Insane asylums in Bengal annual reports 1867-1875 - 1867-1875
Year: 1867
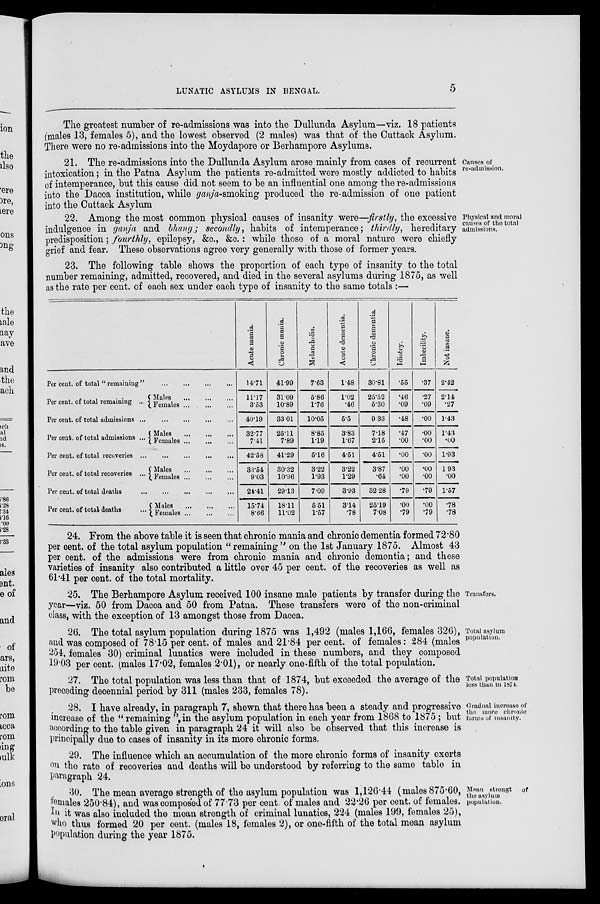
LUNATIC ASYLUMS IN BENGAL.
5
The greatest number of re-admissions was into the Dullunda Asylum—viz. 18 patients
(males 13, females 5), and the lowest observed (2 males) was that of the Cuttack Asylum.
There were no re-admissions into the Moydapore or Berhampore Asylums.
Causes of
re-admission.
21. The re-admissions into the Dullunda Asylum arose mainly from cases of recurrent
intoxication; in the Patna Asylum the patients re-admitted were mostly addicted to habits
of intemperance, but this cause did not seem to be an influential one among the re-admissions
into the Dacca institution, while ganja-smoking produced the re-admission of one patient
into the Cuttack Asylum
Physical and moral
causes of the total
admissions.
22. Among the most common physical causes of insanity were—firstly, the excessive
indulgence in ganja and bhang; secondly, habits of intemperance; thirdly, hereditary
predisposition; fourthly, epilepsy, &c., &c.: while those of a moral nature were chiefly
grief and fear. These observations agree very generally with those of former years.
23. The following table shows the proportion of each type of insanity to the total
number remaining, admitted, recovered, and died in the several asylums during 1875, as well
as the rate per cent. of each sex under each type of insanity to the same totals :—
Per cent. of total " remaining
"...
...
...
...
Per cent. of total remaining ...
Males
...
...
...
Females ...
...
...
Per cent. of total admissions
...
...
...
...
Per cent. of total admissions ...
Males
...
...
...
Females ... ... ...
Per cent. of total recoveries
...
...
...
...
Per cent. of total recoveries ...
Males
...
...
...
Females
...
...
...
Per cent. of total deaths
...
...
...
...
...
Per cent. of total deaths ...
Males
...
...
...
Females ... ... ...
Acute mania.
14.71
11.17
3.53
40.19
32.77
7.41
42.58
33.54
9.03
24.41
15.74
8.66
Chronic mania.
41.99
31.09
10.89
33.01
25.11
7.89
41.29
30.32
10.96
29.13
18.11
11.02
Melancholia.
7.63
5.86
1.76
10.05
8.85
1.19
5.16
3.22
1.93
7.09
5.51
1.57
Acute dementia.
1.48
1.02
.46
5.5
3.83
1.67
4.51
3.22
1.29
3.93
3.14
.78
Chronic dementia.
30.81
25.52
5.30
9.33
7.18
2.15
4.51
3.87
.64
32.28
25.19
7.08
Idiotcy.
.55
.46
.09
.48
.47
.00
.00
.00
.00
.79
.00
.79
Imbecility.
.37
.27
.09
.00
.00
.00
.00
.00
.00
.79
.00
.79
Not insane.
2.42
2.14
.27
1.43
1.43
.00
1.93
1.93
.00
1.57
.78
.78
24. From the above table it is seen that chronic mania and chronic dementia formed 72.80
per cent. of the total asylum population " remaining " on the 1st January 1875. Almost 43
per cent. of the admissions were from chronic mania and chronic dementia; and these
varieties of insanity also contributed a little over 45 per cent. of the recoveries as well as
61.41 per cent. of the total mortality.
Transfers.
25. The Berhampore Asylum received 100 insane male patients by transfer during the
year—viz. 50 from Dacca and 50 from Patna. These transfers were of the non-criminal
class, with the exception of 13 amongst those from Dacca.
Total asylum
population.
26. The total asylum population during 1875 was 1,492 (males 1,166, females 326),
and was composed of 78.15 per cent. of males and 21.84 per cent. of females: 284 (males
254, females 30) criminal lunatics were included in these numbers, and they composed
19.03 per cent. (males 17.02, females 2.01), or nearly one-fifth of the total population.
Total population
less than in 1874.
27. The total population was less than that of 1874, but exceeded the average of the
preceding decennial period by 311 (males 233, females 78).
Gradual increase of
the more chronic
forms of insanity.
28. I have already, in paragraph 7, shewn that there has been a steady and progressive
increase of the " remaining " in the asylum population in each year from 1868 to 1875 ; but
according to the table given in paragraph 24 it will also be observed that this increase is
principally due to cases of insanity in its more chronic forms.
29. The influence which an accumulation of the more chronic forms of insanity exerts
on the rate of recoveries and deaths will be understood by referring to the same table in
paragraph 24.
Mean strength of
the asylum
population.
30. The mean average strength of the asylum population was 1,126.44 (males 875.60,
females 250.84), and was composed of 77.73 per cent. of males and 22.26 per cent. of females.
In it was also included the mean strength of criminal lunatics, 224 (males 199, females 25),
who thus formed 20 per cent. (males 18, females 2), or one-fifth of the total mean asylum
population during the year 1875.